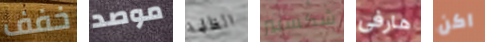
خفف موصد الظلمة شكسبير هارفى اكن